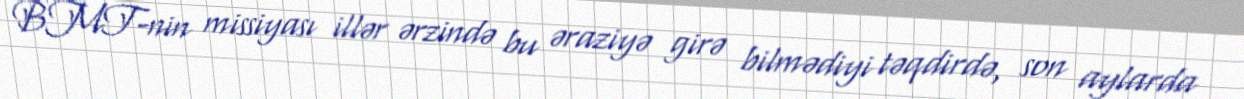
BMT-nin missiyası illər ərzində bu əraziyə girə bilmədiyi təqdirdə, son aylarda